Civil Veterinary Department. Madras. Admin. report 1926-33 - 1926-1933
Year: 1926
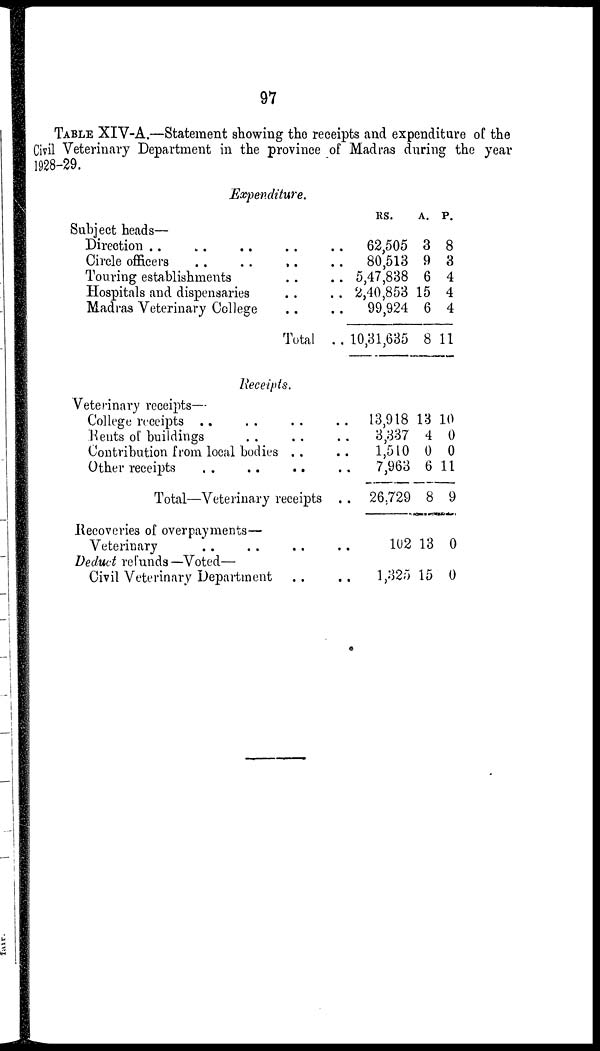
97
TABLE XIV-A.—Statement showing the receipts and expenditure of the
Civil Veterinary Department in the province of Madras during the year
1928-29.
Expenditure.
Subject heads—
Direction .. .. .. ..
Circle officers .. .. .. ..
Touring establishments .. ..
Hospitals and dispensaries .. ..
Madras Veterinary College .. ..
Total ..
Receipts.
Veterinary receipts—
College receipts .. .. .. ..
Rents of buildings .. .. ..
Contribution from local bodies .. ..
Other receipts .. .. .. ..
Total—Veterinary receipts . .
Recoveries of overpayments—
Veterinary .. .. .. ..
Deduct refunds—Voted—
Civil Veterinary Department .. ..
RS.
A. P.
62,505
80,513
5,47,838
2,40,853
99,924
10,31,635
13,918
3,337
1,510
7,963
26,729
102
1,325
3
9
6
15
6
8
13
4
0
6
8
13
15
8
3
4
4
4
11
10
0
0
11
9
0
0